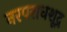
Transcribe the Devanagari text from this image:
नरपराधशूद्र